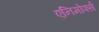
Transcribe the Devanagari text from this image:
एनिमोर्फ्स